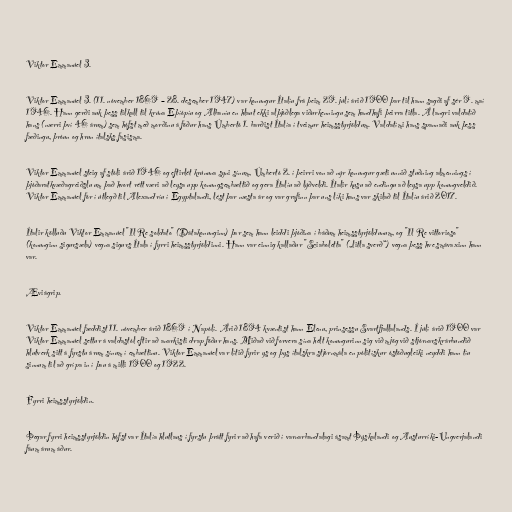
Viktor Emmanúel 3.

Viktor Emmanúel 3. (11. nóvember 1869 – 28. desember 1947) var konungur Ítalíu frá þeim 29. júlí árið 1900 þar til hann sagði af sér 9. maí
1946. Hann gerði auk þess tilkall til krúna Eþíópíu og Albaníu en hlaut ekki alþjóðlega viðurkenningu sem handhafi þeirra titla. Á langri valdatíð
hans (nærri því 46 árum) sem hófst með morðinu á föður hans Úmbertó 1. barðist Ítalía í tveimur heimsstyrjöldum. Valdatími hans spannaði auk þess
fæðingu, þróun og hrun ítalsks fasisma.

Viktor Emmanúel steig af stóli árið 1946 og eftirlét krúnuna syni sínum, Úmbertó 2. í þeirri von að nýr konungur gæti unnið stuðning almennings í
þjóðaratkvæðagreiðslu um það hvort rétt væri að leysa upp konungsembættið og gera Ítalíu að lýðveldi. Ítalir kusu að endingu að leysa upp konungveldið.
Viktor Emmanúel fór í útlegð til Alexandríu í Egyptalandi, lést þar næsta ár og var grafinn þar uns líki hans var skilað til Ítalíu árið 2017.

Ítalir kölluðu Viktor Emmanúel "Il Re soldato" (Dátakonunginn) þar sem hann leiddi þjóðina í báðum heimsstyrjöldunum, og "Il Re vittorioso"
(konunginn sigursæla) vegna sigurs Ítala í fyrri heimsstyrjöldinni. Hann var einnig kallaður "Sciaboletta" („litla sverð“) vegna þess hve smávaxinn hann
var.

Æviágrip.

Viktor Emmanúel fæddist 11. nóvember árið 1869 í Napólí. Árið 1894 kvæntist hann Elenu, prinsessu Svartfjallalands. Í júlí árið 1900 var
Viktor Emmanúel settur á valdastól eftir að anarkisti drap föður hans. Miðað við forvera sína hélt konungurinn sig við mjög við stjórnarskrárbundið
hlutverk sitt á fyrstu árum sínum í embættinu. Viktor Emmanúel var lítið fyrir ys og þys ítalskra stjórnmála en pólitískur óstöðugleiki neyddi hann tíu
sinnum til að grípa in í þau á milli 1900 og 1922.

Fyrri heimsstyrjöldin.

Þegar fyrri heimsstyrjöldin hófst var Ítalía hlutlaus í fyrstu þrátt fyrir að hafa verið í varnarbandalagi ásamt Þýskalandi og Austurríki-Ungverjalandi
fáum árum áður.